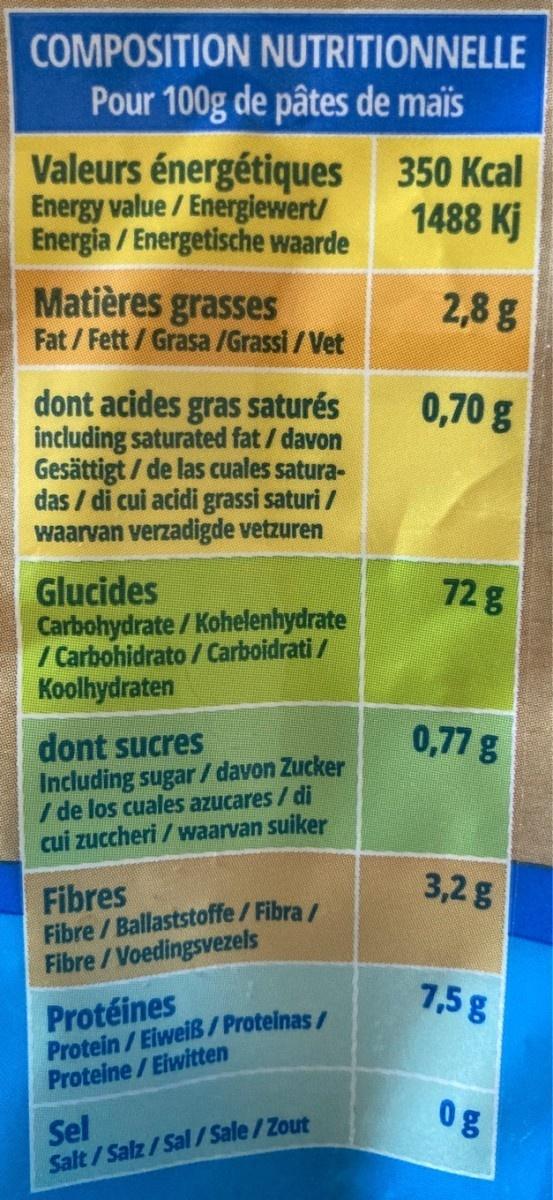
COMPOSITION NUTRITIONNELLE
Pour 100g de pâtes de maïis
Valeurs énergétiques Energy value / Energiewert/ Energia/Energetische waarde
350 Kcal 1488 Kj
Matières grasses Fat/Fett/Grasa /Grassi / Vet
2,8g
dont acides gras saturés including saturated fat / davon Gesättigt / de las cuales satura- das / di cui acidi grassi saturi / waarvan verzadigde vetzuren
0,70 g
Glucides Carbohydrate / Kohelenhydrate / Carbohidrato / Carboidrati / Koolhydraten
72g
0,77g
dont sucres Including sugar/ davon Zucker / de los cuales azucares/di cui zuccheri / waarvan suiker
3,2g
Fibres Fibre / Ballaststoffe/Fibra/ Fibre/Voedingsvezels
7,5g
Protéines Protein/EiweiB/Proteinas/ Proteine/Eiwitten
0g
Sel Salt/Salz/Sal/Sale/Zout